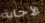
الأجابة